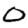
Digit: 0